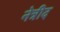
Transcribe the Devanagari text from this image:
नेत्रीद